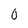
Character: 0